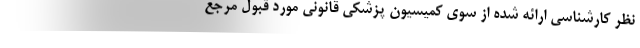
نظر کارشناسی ارائه شده از سوی کمیسیون پزشکی قانونی مورد قبول مرجع